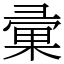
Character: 彚